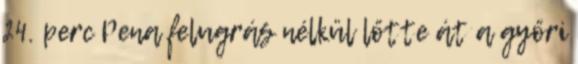
24. perc Pena felugrás nélkül lőtte át a győri